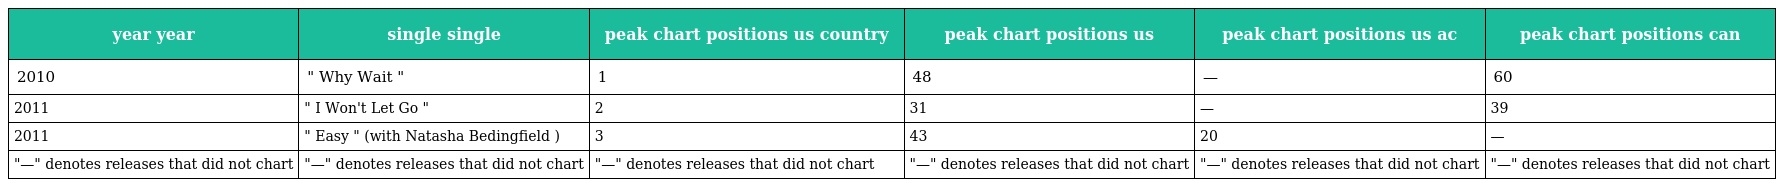
| year year | single single | peak chart positions us country | peak chart positions us | peak chart positions us ac | peak chart positions can |
 | --- | --- | --- | --- | --- | --- |
 | 2010 | " Why Wait " | 1 | 48 | — | 60 |
 | 2011 | " I Won't Let Go " | 2 | 31 | — | 39 |
 | 2011 | " Easy " (with Natasha Bedingfield ) | 3 | 43 | 20 | — |
 | "—" denotes releases that did not chart | "—" denotes releases that did not chart | "—" denotes releases that did not chart | "—" denotes releases that did not chart | "—" denotes releases that did not chart | "—" denotes releases that did not chart |